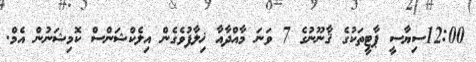
12:00ސިޔާސީ ޕާޓީތަކުގެ ޤާނޫނުގެ 7 ވަނަ މާއްދާއާ ޚިލާފުވެގެން އިލެކްޝަންސް ކޮމިޝަނުން އެމް.